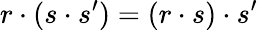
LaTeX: r\cdot(s\cdot s^{\prime})=(r\cdot s)\cdot s^{\prime}